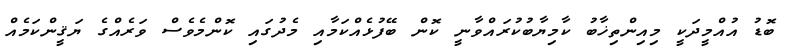
ބޮޑު އުއްމީދަކީ މިއިންތިޚާބު ކާމިޔާބުކުރައްވާނީ ކޮން ބޭފުޅެއްކަމާއި މެދުގައި ކޮންމެވެސް ވަރެއްގެ ޔަޤީންކަމެއް